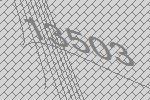
13503